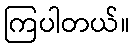
ကြပါတယ်။